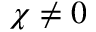
\chi \neq 0